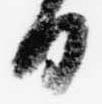
日